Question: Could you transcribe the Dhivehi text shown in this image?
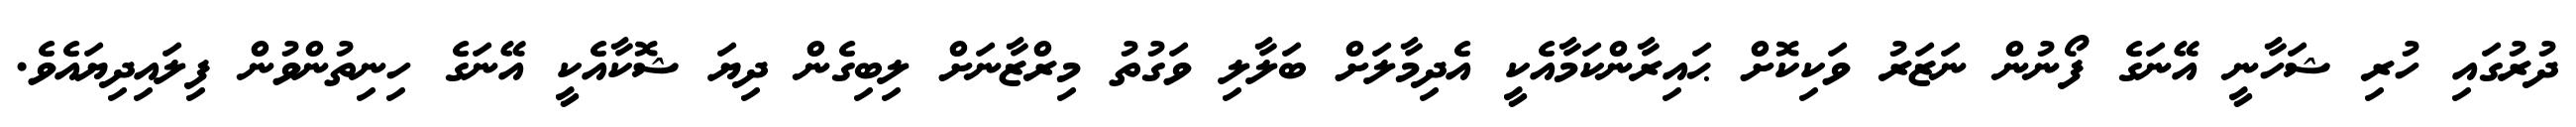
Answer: ދުރުގައި ހުރި ޝަހާނީ އޭނަގެ ފޯނުން ނަޒަރު ވަކިކޮށް ޙައިރާންކަމާއެކީ އެދިމާލަށް ބަލާލި ވަގުތު މިރްޒާނަށް ލިބިގެން ދިޔަ ޝޮކާއެކީ އޭނަގެ ހިނިތުންވުން ފިލައިދިޔައެވެ.